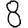
Digit: 8